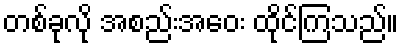
တစ်ခုလို အစည်းအဝေး ထိုင်ကြသည်။